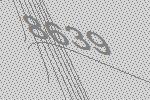
8639